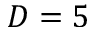
D = 5